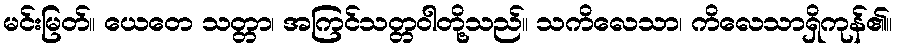
မင်းမြတ်။ ယေတေ သတ္တာ၊ အကြင်သတ္တဝါတို့သည်။ သကိလေသာ၊ ကိလေသာရှိကုန်၏။